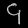
Digit: ၄